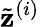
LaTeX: \tilde{\mathbf{z}}^{(i)}